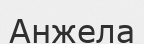
Анжела